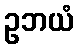
ဥဘယံ